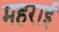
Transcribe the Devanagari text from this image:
महराई